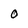
Character: O